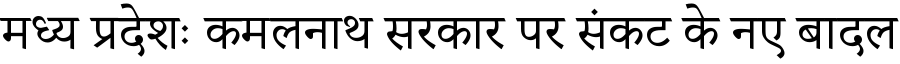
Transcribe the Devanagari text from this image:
मध्य प्रदेशः कमलनाथ सरकार पर संकट के नए बादल